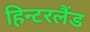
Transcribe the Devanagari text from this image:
हिन्टरलैंड